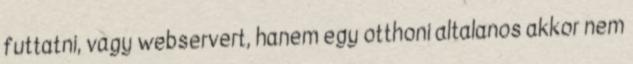
futtatni, vagy webservert, hanem egy otthoni altalanos akkor nem